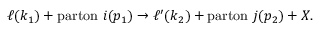
\ell ( k _ { 1 } ) + \mathrm { p a r t o n } \ i ( p _ { 1 } ) \rightarrow \ell ^ { \prime } ( k _ { 2 } ) + \mathrm { p a r t o n } \ j ( p _ { 2 } ) + X .